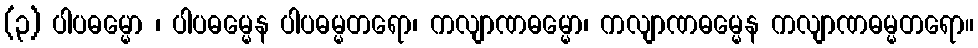
(၃) ပါပဓမ္မော ၊ ပါပဓမ္မေန ပါပဓမ္မတရော၊ ကလျာဏဓမ္မော၊ ကလျာဏဓမ္မေန ကလျာဏဓမ္မတရော။